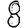
Digit: 8